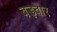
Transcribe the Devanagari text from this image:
बड़वार